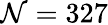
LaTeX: \mathcal{N}=327